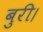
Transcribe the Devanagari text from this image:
बुरी।